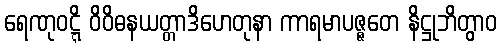
ရေဏုဝဋ္ဋိ ဝိဝိဓနယတ္တာဒိဟေတုနာ ကာရမာပဇ္ဇတေ နိဋ္ဌုဘိတွာဝ